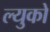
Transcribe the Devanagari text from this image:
ल्युको